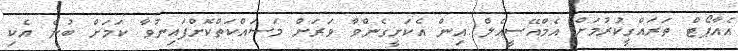
އެއާޕޯޓް ތަރައްގީކުރުމަށް އެމްއޭސީއެލް އިން އެކަށީގެންވާ ވަރަށް މަސައްކަތްކޮށްފައިނުވާ ކަމަށް ބުނެ އެކި